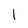
Character: l